Lunatic asylums Central Provinces reports 1886-1894 - 1886-1894
Year: 1886
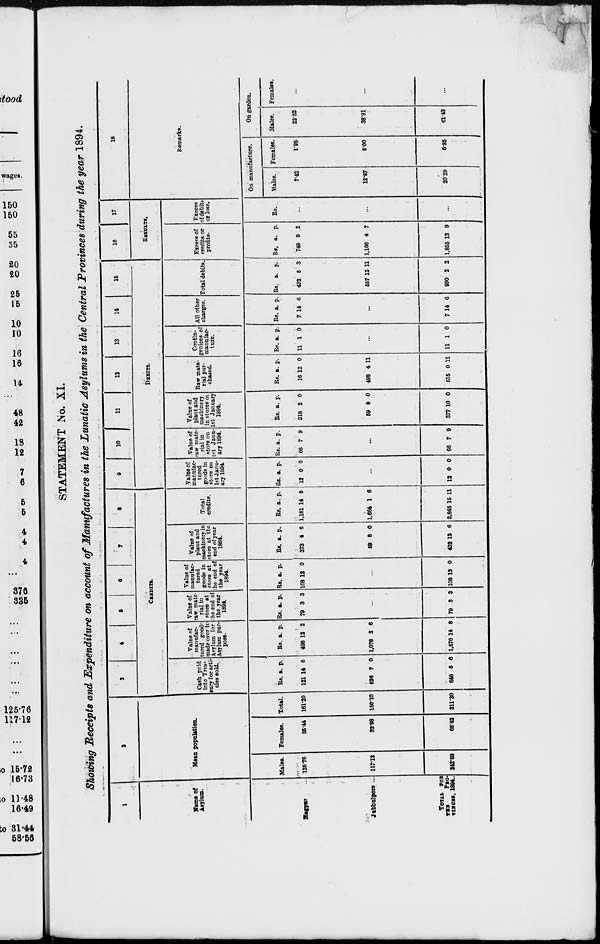
STATEMENT No. XI.
Showing Receipts and Expenditure on account of Manufactures in the Lunatic Asylums in the Central Provinces during the year 1894.
1
Name of
Asylum.
Nagpur ...
Jubbulpore ...
TOTAL FOR
THE
PRO-
VINCES, 1894.
2
Mean population.
Males.
125.76
117.12
242.88
Females.
35.44
32.98
68.42
Total.
161.20
150.10
311.30
3
4
5
6
7
8
CREDITS.
Cash paid
into Trea-
sury for arti-
cles sold.
Rs.
121
526
648
a.
14
7
5
p.
6
0
6
Value of
manufac-
tured goods
made over to
Asylum for
Asylum pur-
pose.
Rs.
498
1,078
1,576
a.
12
2
14
p.
2
6
8
Value of
raw mate-
rial in
store at
the end of
the year
1894.
Rs.
79
a.
3
p.
3
...
79 3 3
Value of
manufac-
tured
goods in
store at
the end of
the year
1894.
Rs.
108
a.
12
p.
0
...
108 12 0
Value of
plant and
machinery in
store at the
end of year
1894.
Rs.
373
59
432
a.
4
8
12
p.
6
0
6
Total
credits.
Rs.
1,181
1,664
2,845
a.
14
1
15
p.
5
6
11
9
10
11 12 13 14 15
DEBITS.
Value of
manufac-
tured
goods in
store on
1st Janu-
ary 1894.
Rs.
12
a.
0
p.
0
...
12 0 0
Value of
raw mate-
rial in
store on
1st Janu-
ary 1894.
Rs.
66
a.
7
p.
9
...
66 7 9
Value of
plant and
machinery
in stores of
1st January
1894.
Rs.
318
59
377
a.
2
8
10
p.
0
0
0
Raw mate-
rial pur-
chased.
Rs.
16
498
515
a.
12
4
0
p.
0
11
11
Contin-
genices of
manufac-
ture.
Rs.
11
a
1
p.
0
...
11 1 0
All other
charges.
Rs.
7
. a.
14
p.
6
...
7 14 6
Total debits.
Rs.
432
557
990
a.
5
12
2
p.
3
11
2
16
17
RESULTS.
Excess of
credits or
profits.
Rs.
749
1,106
1,855
a.
9
4
13
p.
2
7
9
Excess
of debits
or loss.
Rs.
...
...
...
18
Remarks.
On manufacture.
Males.
7.42
12.87
20.29
Females.
1.95
5.00
6.95
On garden.
Males.
22.52
38.91
61.43
Females.
...
...
...